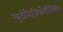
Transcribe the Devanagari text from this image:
न्यूरोफिजियोलौजिकल